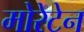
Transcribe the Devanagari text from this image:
मोरेटेन